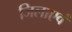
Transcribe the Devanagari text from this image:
जिलाएवं